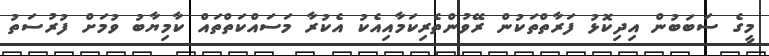
މީގެ ސަބަބުން އިދިކޮޅު ފަރާތްތަކުން ރޭވުންތެރިކަމާއިއެކު އެކުރާ މަސައްކަތްތައް ކާމިޔާބު ވުމަށް ފުރުސަތު